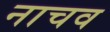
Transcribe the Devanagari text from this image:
नाचव